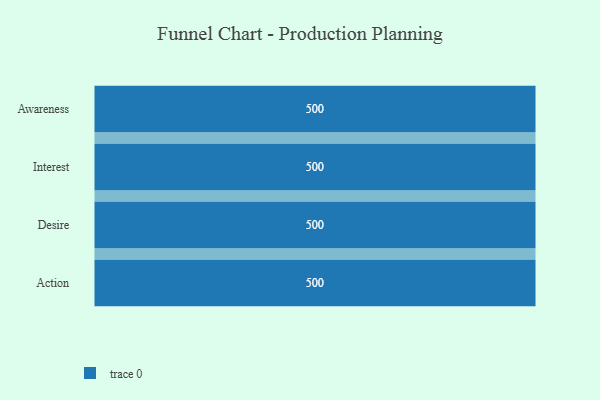
{"axis": {"x": "Stage", "y": "Value"}, "legend": [""], "data": [{"x": "Awareness", "y": 500, "type": ""}, {"x": "Interest", "y": 500, "type": ""}, {"x": "Desire", "y": 500, "type": ""}, {"x": "Action", "y": 500, "type": ""}]}